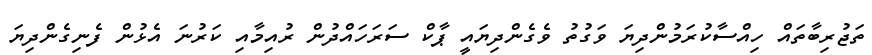
ތަޖުރިބާތައް ހިއްސާކުރަމުންދިޔަ ވަގުތު ވެގެންދިޔައީ ޕާކް ސަރަހައްދުން ރުއިމާއި ކަރުނަ އެޅުން ފެނިގެންދިޔަ